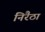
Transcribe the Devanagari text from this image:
निरैठा